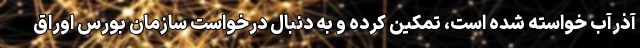
آذرآب خواسته شده است، تمکین کرده و به دنبال درخواست سازمان بورس اوراق